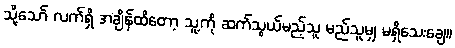
သို့သော် လက်ရှိ အချိန်ထိတော့ သူ့ကို ဆက်သွယ်မည့်သူ မည်သူမျှ မရှိသေးချေ။